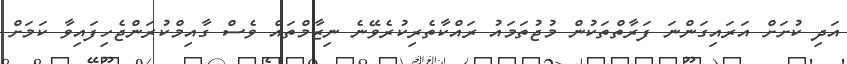
އަދި ކުށަށް އަރައިގަންނަ ފަރާތްތަކުން މުޖުތަމައު ރައްކާތެރިކުރެވޭނެ ނިޒާމްތައް ވެސް ގާއިމްކުރަންޖެހިފައިވާ ކަމަށް